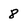
Character: 8